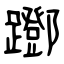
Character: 䠬